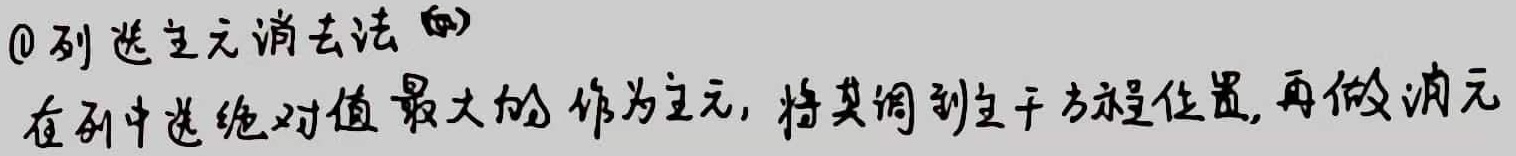
\textcircled{1}列选主元消去法 (a)
在列中选绝对值最大的作为主元, 将其调到主干方程位置, 再做消元